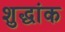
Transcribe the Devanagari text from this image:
शुद्धांक